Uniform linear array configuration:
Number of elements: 48
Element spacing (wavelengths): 0.5
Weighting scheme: binomial
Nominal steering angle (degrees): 60
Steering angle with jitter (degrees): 59.899
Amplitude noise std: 0.05
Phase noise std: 0.05

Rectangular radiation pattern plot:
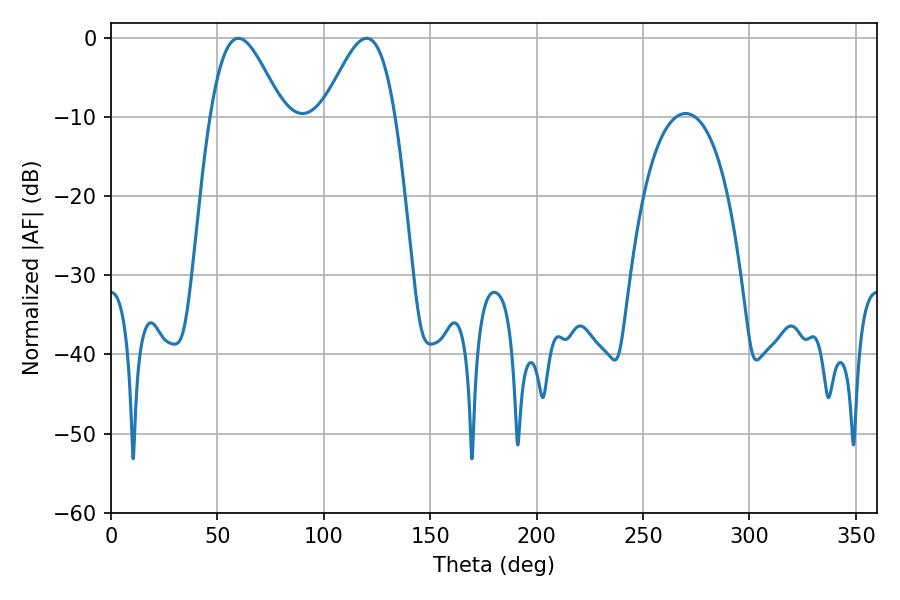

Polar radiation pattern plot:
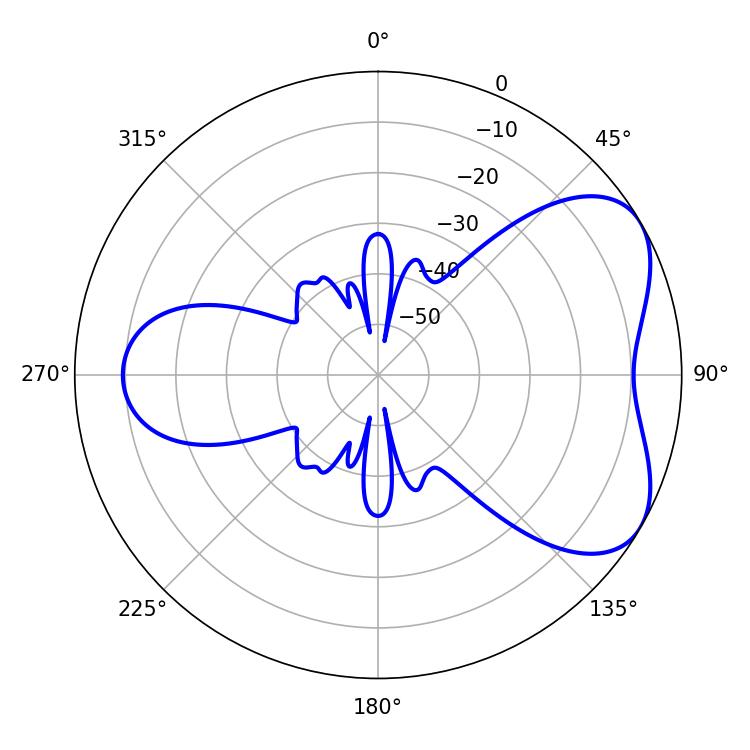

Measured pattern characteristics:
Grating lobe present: FALSE
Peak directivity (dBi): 5.281
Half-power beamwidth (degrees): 18
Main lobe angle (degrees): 59.94